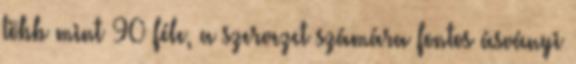
több mint 90 féle, a szervezet számára fontos ásványi